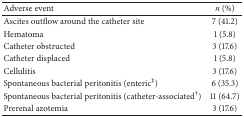
<table><thead><tr><td><b>Adverse event</b></td><td><b><i>n</i> (%)</b></td></tr></thead><tbody><tr><td>Ascites outflow around the catheter site</td><td>7 (41.2)</td></tr><tr><td>Hematoma</td><td>1 (5.8)</td></tr><tr><td>Catheter obstructed</td><td>3 (17.6)</td></tr><tr><td>Catheter displaced</td><td>1 (5.8)</td></tr><tr><td>Cellulitis</td><td>3 (17.6)</td></tr><tr><td>Spontaneous bacterial peritonitis (enteric<sup>‡</sup>)</td><td>6 (35.3)</td></tr><tr><td>Spontaneous bacterial peritonitis (catheter-associated<sup>†</sup>)</td><td>11 (64.7)</td></tr><tr><td>Prerenal azotemia</td><td>3 (17.6)</td></tr></tbody></table>